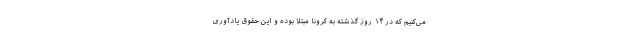
می‌کنیم که در ۱۴ روز گذشته به کرونا مبتلا بوده و این حقوق یادآوری